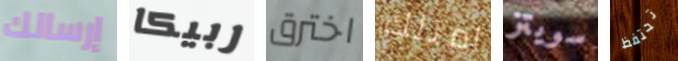
إرسالك ربيكا اخترق امتلك سويتز تحتفظ